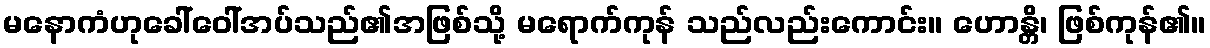
မနောကံဟုခေါ်ဝေါ်အပ်သည်၏အဖြစ်သို့ မရောက်ကုန် သည်လည်းကောင်း။ ဟောန္တိ၊ ဖြစ်ကုန်၏။